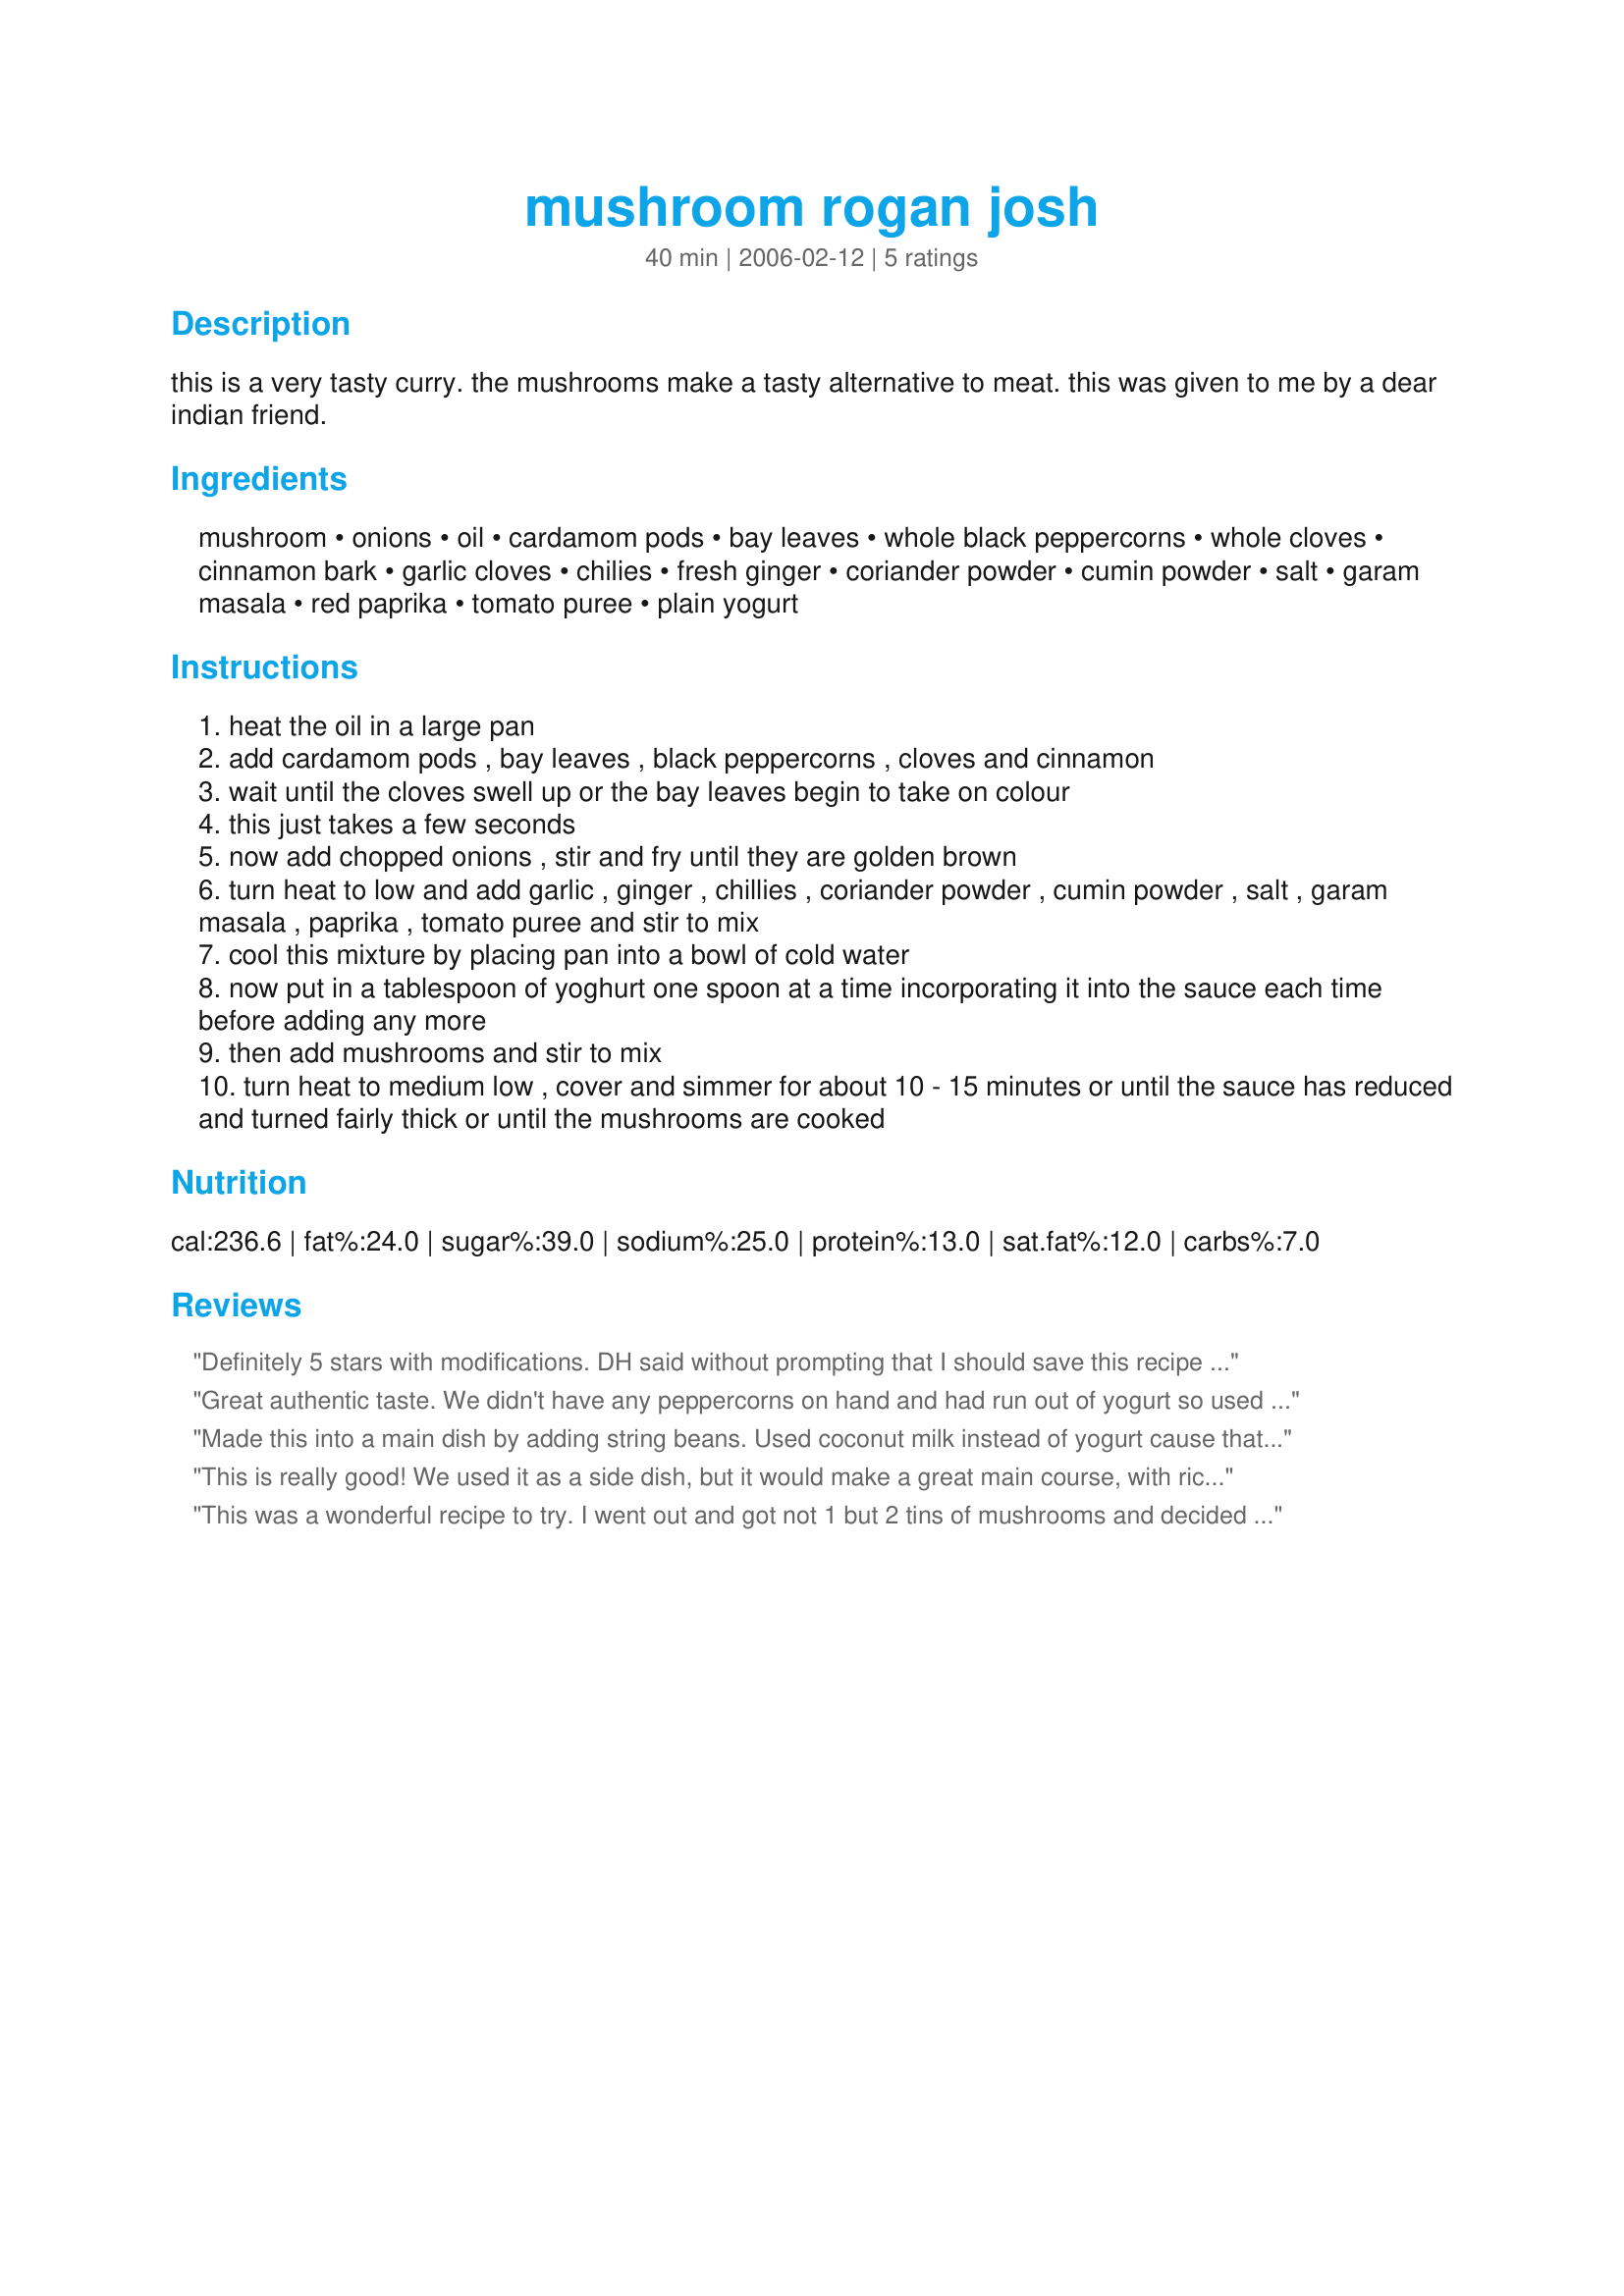
mushroom rogan josh
Preparation time: 40 minutes

this is a very tasty curry. the mushrooms make a tasty alternative to meat. this was given to me by a dear indian friend.

Ingredients:
mushroom, onions, oil, cardamom pods, bay leaves, whole black peppercorns, whole cloves, cinnamon bark, garlic cloves, chilies, fresh ginger, coriander powder, cumin powder, salt, garam masala, red paprika, tomato puree, plain yogurt

Steps:
heat the oil in a large pan
add cardamom pods , bay leaves , black peppercorns , cloves and cinnamon
wait until the cloves swell up or the bay leaves begin to take on colour
this just takes a few seconds
now add chopped onions , stir and fry until they are golden brown
turn heat to low and add garlic , ginger , chillies , coriander powder , cumin powder , salt , garam masala , paprika , tomato puree and stir to mix
cool this mixture by placing pan into a bowl of cold water
now put in a tablespoon of yoghurt one spoon at a time incorporating it into the sauce each time before adding any more
then add mushrooms and stir to mix
turn heat to medium low , cover and simmer for about 10 - 15 minutes or until the sauce has reduced and turned fairly thick or until the mushrooms are cooked

Reviews:
Definitely 5 stars with modifications. DH said without prompting that I should save this recipe and that he hasn&#039;t enjoyed dinner this much in awhile. We sliced our mushrooms but left them pretty thick. I used black cardamom, and 2 cinnamon sticks that were a little on the smaller side. Used Serrano chiles. Followed Rhiannon &amp; Matt&#039;s advice in their review to add 3Tb to both the tomato pur&eacute;e and Greek yogurt. Perfect consistency!! We served over rice for a main course. It fed just the two of us. Loved it. We&#039;ll make again!
Great authentic taste.
 We didn't have any peppercorns on hand and had run out of yogurt so used sour cream in it's place. Our mushies were large so I 1/4'd them.
I added 2 extra tblsp of tomato puree but the end result wasn't quite as saucy as I would've liked, so next time I'll see how we go with adding more yogurt & tomato puree.
Update: We have since made this with 3 more tblsp each of yogurt & tomato puree than the original recipe calls for & found the right consistancy/ratio for us.
Thanks for sharing, Bussles. :)
Made this into a main dish by adding string beans. Used coconut milk instead of yogurt cause that's what I had on hand. The result is nice and just the right amount of spice, just wish it would have been a little more saucy. <br/>Thanks for posting.
This is really good! We used it as a side dish, but it would make a great main course, with rice. Loved all the flavor combinations.
This was a wonderful recipe to try. I went out and got not 1 but 2 tins of mushrooms and decided to use 1 and try this. I noticed this recipe has a lot of spice in it and since we cannot eat too much spice, I had to make a few changes. This is what I changed. I used 2 onions, a tin of 425gms. mushrooms(whole), 1 green chilli, 1 tbsp. oil, 2 green cardamoms, 2 bay leaves, a few black peppercorns, 1 cloves, 1/2 inch cinnamon stick, 2 tomatoes(paste of) and the other ingredients in the same quantity as mentioned here in the recipe. I omitted the red paprika altogether. This was quite nice and we like it. Will be made when we are in the mushroom mood :) Thanks for sharing!
